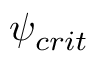
\psi _ { c r i t }